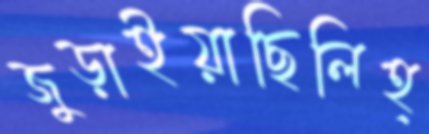
জুড়াইয়াছিলিহ্